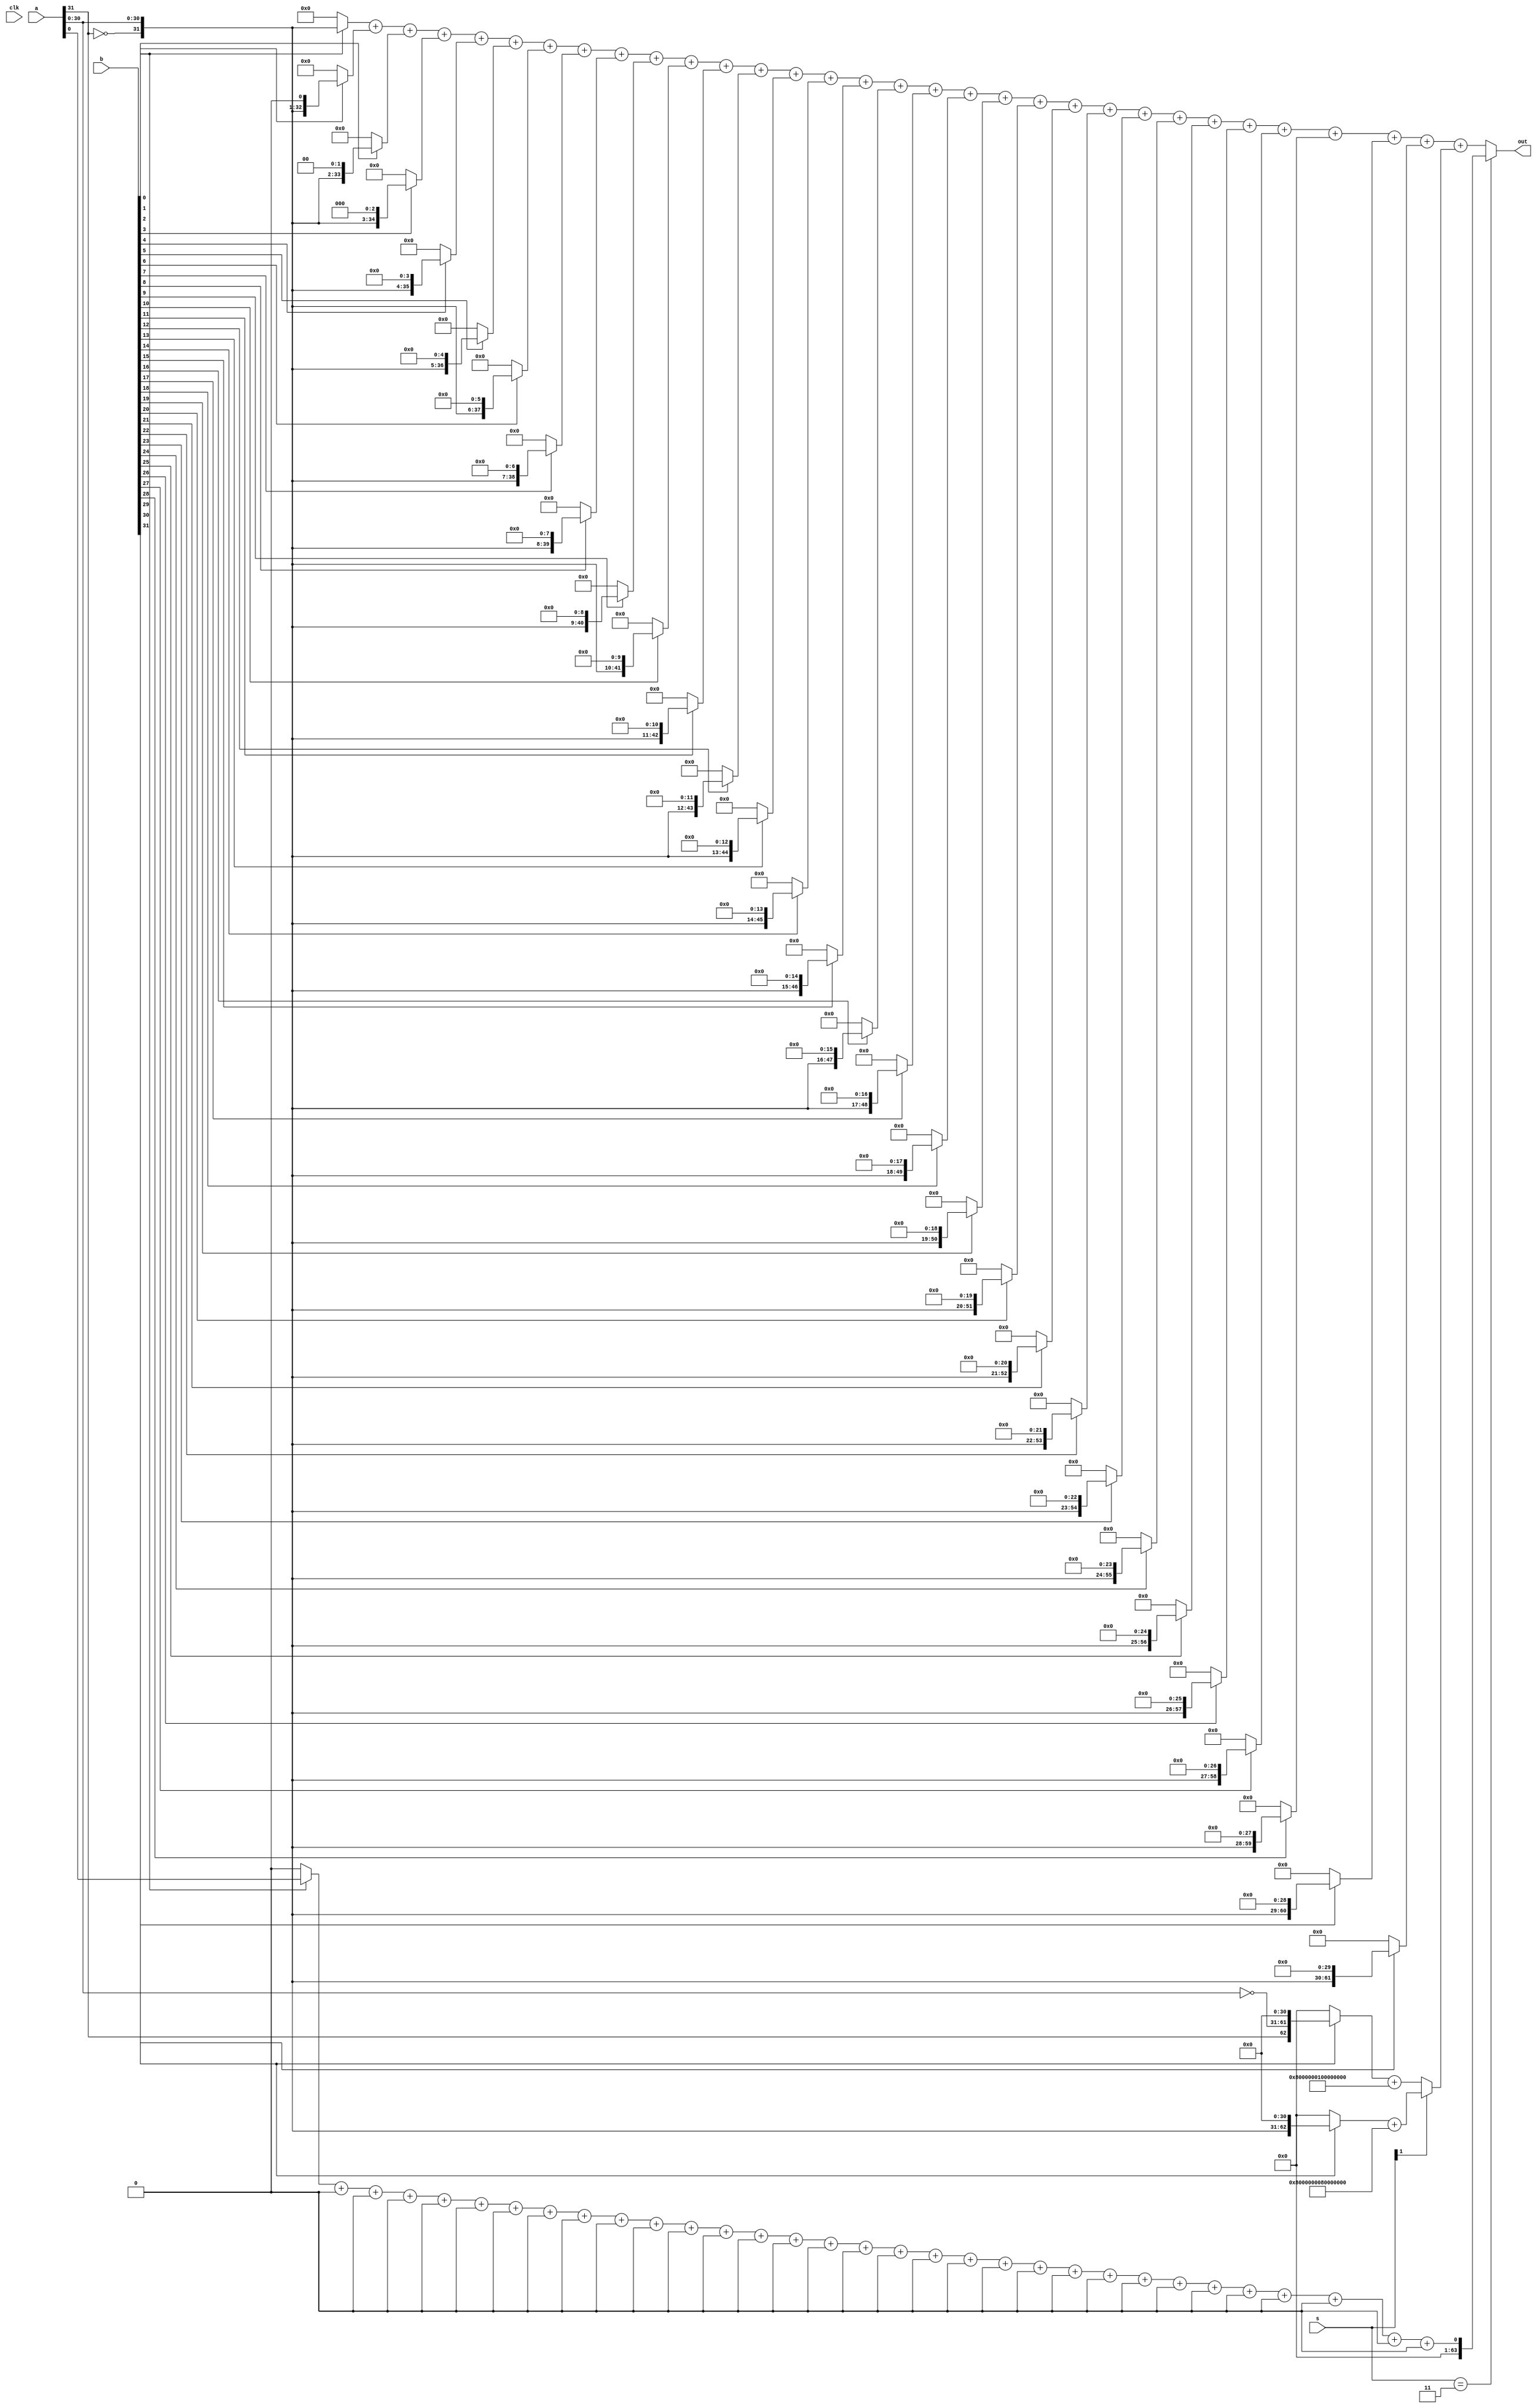
module mul #(
	parameter CYCLE = 1
)(
	input			clk,
	input	[1:0]	s,
	input	[31:0]	a,
	input	[31:0]	b,
	output	[63:0]	out
);
	
	// signed mul
	wire	[63:0]	s00	=	(b[ 0]) ? ({~a[31], a[30:0]} <<  0) : 64'h0;
	wire	[63:0]	s01	=	(b[ 1]) ? ({~a[31], a[30:0]} <<  1) : 64'h0;
	wire	[63:0]	s02	=	(b[ 2]) ? ({~a[31], a[30:0]} <<  2) : 64'h0;
	wire	[63:0]	s03	=	(b[ 3]) ? ({~a[31], a[30:0]} <<  3) : 64'h0;
	wire	[63:0]	s04	=	(b[ 4]) ? ({~a[31], a[30:0]} <<  4) : 64'h0;
	wire	[63:0]	s05	=	(b[ 5]) ? ({~a[31], a[30:0]} <<  5) : 64'h0;
	wire	[63:0]	s06	=	(b[ 6]) ? ({~a[31], a[30:0]} <<  6) : 64'h0;
	wire	[63:0]	s07	=	(b[ 7]) ? ({~a[31], a[30:0]} <<  7) : 64'h0;
	wire	[63:0]	s08	=	(b[ 8]) ? ({~a[31], a[30:0]} <<  8) : 64'h0;
	wire	[63:0]	s09	=	(b[ 9]) ? ({~a[31], a[30:0]} <<  9) : 64'h0;
	wire	[63:0]	s10	=	(b[10]) ? ({~a[31], a[30:0]} << 10) : 64'h0;
	wire	[63:0]	s11	=	(b[11]) ? ({~a[31], a[30:0]} << 11) : 64'h0;
	wire	[63:0]	s12	=	(b[12]) ? ({~a[31], a[30:0]} << 12) : 64'h0;
	wire	[63:0]	s13	=	(b[13]) ? ({~a[31], a[30:0]} << 13) : 64'h0;
	wire	[63:0]	s14	=	(b[14]) ? ({~a[31], a[30:0]} << 14) : 64'h0;
	wire	[63:0]	s15	=	(b[15]) ? ({~a[31], a[30:0]} << 15) : 64'h0;
	wire	[63:0]	s16	=	(b[16]) ? ({~a[31], a[30:0]} << 16) : 64'h0;
	wire	[63:0]	s17	=	(b[17]) ? ({~a[31], a[30:0]} << 17) : 64'h0;
	wire	[63:0]	s18	=	(b[18]) ? ({~a[31], a[30:0]} << 18) : 64'h0;
	wire	[63:0]	s19	=	(b[19]) ? ({~a[31], a[30:0]} << 19) : 64'h0;
	wire	[63:0]	s20	=	(b[20]) ? ({~a[31], a[30:0]} << 20) : 64'h0;
	wire	[63:0]	s21	=	(b[21]) ? ({~a[31], a[30:0]} << 21) : 64'h0;
	wire	[63:0]	s22	=	(b[22]) ? ({~a[31], a[30:0]} << 22) : 64'h0;
	wire	[63:0]	s23	=	(b[23]) ? ({~a[31], a[30:0]} << 23) : 64'h0;
	wire	[63:0]	s24	=	(b[24]) ? ({~a[31], a[30:0]} << 24) : 64'h0;
	wire	[63:0]	s25	=	(b[25]) ? ({~a[31], a[30:0]} << 25) : 64'h0;
	wire	[63:0]	s26	=	(b[26]) ? ({~a[31], a[30:0]} << 26) : 64'h0;
	wire	[63:0]	s27	=	(b[27]) ? ({~a[31], a[30:0]} << 27) : 64'h0;
	wire	[63:0]	s28	=	(b[28]) ? ({~a[31], a[30:0]} << 28) : 64'h0;
	wire	[63:0]	s29	=	(b[29]) ? ({~a[31], a[30:0]} << 29) : 64'h0;
	wire	[63:0]	s30	=	(b[30]) ? ({~a[31], a[30:0]} << 30) : 64'h0;

	// unsigned mul
	wire	[63:0]	us00	=	(b[ 0]) ? (a <<  0) : 64'h0;
	wire	[63:0]	us01	=	(b[ 1]) ? (a <<  1) : 64'h0;
	wire	[63:0]	us02	=	(b[ 2]) ? (a <<  2) : 64'h0;
	wire	[63:0]	us03	=	(b[ 3]) ? (a <<  3) : 64'h0;
	wire	[63:0]	us04	=	(b[ 4]) ? (a <<  4) : 64'h0;
	wire	[63:0]	us05	=	(b[ 5]) ? (a <<  5) : 64'h0;
	wire	[63:0]	us06	=	(b[ 6]) ? (a <<  6) : 64'h0;
	wire	[63:0]	us07	=	(b[ 7]) ? (a <<  7) : 64'h0;
	wire	[63:0]	us08	=	(b[ 8]) ? (a <<  8) : 64'h0;
	wire	[63:0]	us09	=	(b[ 9]) ? (a <<  9) : 64'h0;
	wire	[63:0]	us10	=	(b[10]) ? (a << 10) : 64'h0;
	wire	[63:0]	us11	=	(b[11]) ? (a << 11) : 64'h0;
	wire	[63:0]	us12	=	(b[12]) ? (a << 12) : 64'h0;
	wire	[63:0]	us13	=	(b[13]) ? (a << 13) : 64'h0;
	wire	[63:0]	us14	=	(b[14]) ? (a << 14) : 64'h0;
	wire	[63:0]	us15	=	(b[15]) ? (a << 15) : 64'h0;
	wire	[63:0]	us16	=	(b[16]) ? (a << 16) : 64'h0;
	wire	[63:0]	us17	=	(b[17]) ? (a << 17) : 64'h0;
	wire	[63:0]	us18	=	(b[18]) ? (a << 18) : 64'h0;
	wire	[63:0]	us19	=	(b[19]) ? (a << 19) : 64'h0;
	wire	[63:0]	us20	=	(b[20]) ? (a << 20) : 64'h0;
	wire	[63:0]	us21	=	(b[21]) ? (a << 21) : 64'h0;
	wire	[63:0]	us22	=	(b[22]) ? (a << 22) : 64'h0;
	wire	[63:0]	us23	=	(b[23]) ? (a << 23) : 64'h0;
	wire	[63:0]	us24	=	(b[24]) ? (a << 24) : 64'h0;
	wire	[63:0]	us25	=	(b[25]) ? (a << 25) : 64'h0;
	wire	[63:0]	us26	=	(b[26]) ? (a << 26) : 64'h0;
	wire	[63:0]	us27	=	(b[27]) ? (a << 27) : 64'h0;
	wire	[63:0]	us28	=	(b[28]) ? (a << 28) : 64'h0;
	wire	[63:0]	us29	=	(b[29]) ? (a << 29) : 64'h0;
	wire	[63:0]	us30	=	(b[30]) ? (a << 30) : 64'h0;
	wire	[63:0]	us31	=	(b[31]) ? (a << 31) : 64'h0;

	// signed * signed
	wire	[63:0]	ss31	=	((b[31]) ? ({ a[31],~a[30:0]} << 31) : 64'h0) + 64'h8000000100000000;
	
	// signed * unsigned
	wire	[63:0]	sus31	=	((b[31]) ? ({~a[31], a[30:0]} << 31) : 64'h0) + 64'h8000000080000000;

	generate
		if (CYCLE == 1) begin
			wire	[63:0]	sout, usout;
			assign	sout	=	s00 + s01 + s02 + s03 + s04 + s05 + s06 + s07 + s08 + s09 + s10 + s11 + s12 + s13 + s14 + s15
								+ s16 + s17 + s18 + s19 + s20 + s21 + s22 + s23 + s24 + s25 + s26 + s27 + s28 + s29 + s30 + (s[1] ? sus31 : ss31);

			assign	uuout	=	us00 + us01 + us02 + us03 + us04 + us05 + us06 + us07 + us08 + us09 + us10 + us11 + us12 + us13 + us14 + us15 
								+ us16 + us17 + us18 + us19 + us20 + us21 + us22 + us23 + us24 + us25 + us26 + us27 + us28 + us29 + us30 + us31;
			assign	out	=	(s == 2'b11)	?	uuout	:	sout;

		end else if (CYCLE == 2) begin
			reg	[63:0]	sl, sh, out;

			always @(posedge clk) begin
				sl	<=	(s == 2'b11)	?	us00 + us01 + us02 + us03 + us04 + us05 + us06 + us07 + us08 + us09 + us10 + us11 + us12 + us13 + us14 + us15
										:	s00 + s01 + s02 + s03 + s04 + s05 + s06 + s07 + s08 + s09 + s10 + s11 + s12 + s13 + s14 + s15;
				sh	<=	(s == 2'b11)	?	us16 + us17 + us18 + us19 + us20 + us21 + us22 + us23 + us24 + us25 + us26 + us27 + us28 + us29 + us30 + us31
										:	s16 + s17 + s18 + s19 + s20 + s21 + s22 + s23 + s24 + s25 + s26 + s27 + s28 + s29 + s30 + (s[1] ? sus31 : ss31);
				out	<=	sl + sh;
			end
		end else begin
			unimplement mod();
		end
	endgenerate	
	
endmodule

module malu #(
	parameter 	W		=	0,
	parameter	CYCLE	=	1
)(
	input			clk,
	input	[31:0]	i_dataa,
	input	[31:0]	i_datab,
	input	[3:0]	i_ctrl,

	output	[31:0]	o_result
);
	parameter	MUL		=	4'b0000,
				MULH	= 	4'b0001,
				MULHSU	=	4'b0010,
				MULHU	=	4'b0011,
				DIV		=	4'b0100,
				DIVU	=	4'b0101,
				REM		=	4'b0110,
				REMU	=	4'b1011;

	reg	[32:0]	r_result;

	generate
		if (W == 1) begin
			wire	[63:0]	w_mul_result;
			mul #(
				.CYCLE(CYCLE)
			)mul (
				.clk(clk),
				.s	(i_ctrl),
				.a	(i_dataa),
				.b	(i_datab),
				.out(w_mul_result)
			);

			reg	[3:0]	r_ctrl;
			reg	[31:0]	r_fresult;
			always @(posedge clk) begin
				r_ctrl	<=	i_ctrl;

				case (i_ctrl)
					DIV		:	r_fresult	<= $signed(i_dataa) / $signed(i_datab);
					DIVU	:	r_fresult	<= i_dataa / i_datab;
					REM		:	r_fresult	<= $signed(i_dataa) % $signed(i_datab);
					REMU	:	r_fresult	<= i_dataa % i_datab;
					default	:	r_fresult	<=	0;
				endcase
			end

			always @(*) begin
				case (r_ctrl)
					MUL		:	r_result	<= w_mul_result[31:0];
					MULH	:	r_result	<= w_mul_result[63:32];
					MULHSU	:	r_result	<= w_mul_result[63:32];
					MULHU	:	r_result	<= w_mul_result[63:32];
					DIV		:	r_result	<= $signed(i_dataa) / $signed(i_datab);
					DIVU	:	r_result	<= i_dataa / i_datab;
					REM		:	r_result	<= $signed(i_dataa) % $signed(i_datab);
					REMU	:	r_result	<= i_dataa % i_datab;
					default	:	r_result	<=	0;
				endcase	
			end
		end else begin
			always @(*) begin
				case (i_ctrl)
					MUL		:	r_result	<= ($signed(i_dataa) * $signed(i_datab));
					MULH	:	r_result	<= ($signed(i_dataa) * $signed(i_datab)) >> 32;
					MULHSU	:	r_result	<= ($signed(i_dataa) * i_datab) >> 32;
					MULHU	:	r_result	<= (i_dataa * i_datab) >> 32;
					DIV		:	r_result	<= $signed(i_dataa) / $signed(i_datab);
					DIVU	:	r_result	<= i_dataa / i_datab;
					REM		:	r_result	<= $signed(i_dataa) % $signed(i_datab);
					REMU	:	r_result	<= i_dataa % i_datab;
					default	:	r_result	<=	0;
				endcase	
			end
		end
	endgenerate
	
	assign	o_result = r_result;
endmodule